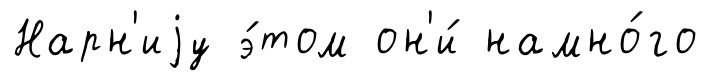
Нарн'иjу э́том он'и́ намно́го